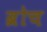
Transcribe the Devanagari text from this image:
ब्रोच